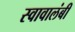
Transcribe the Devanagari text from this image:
स्वावालंबी